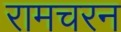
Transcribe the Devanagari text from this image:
रामचरन